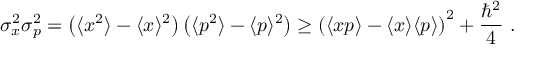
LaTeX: \sigma _ { x } ^ { 2 } \sigma _ { p } ^ { 2 } = \left( \langle x ^ { 2 } \rangle - \langle x \rangle ^ { 2 } \right) \left( \langle p ^ { 2 } \rangle - \langle p \rangle ^ { 2 } \right) \geq \left( \langle x p \rangle - \langle x \rangle \langle p \rangle \right) ^ { 2 } + { \frac { \hbar ^ { 2 } } { 4 } } ~ .